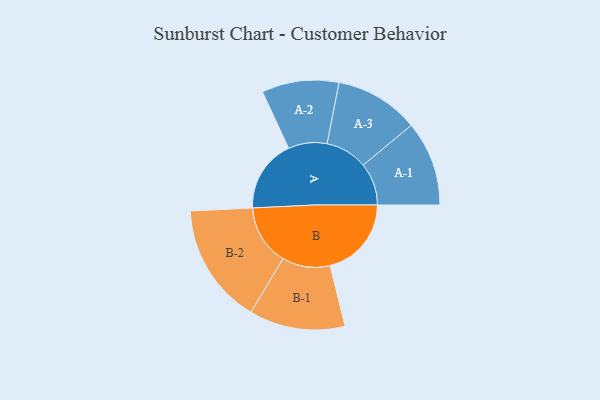
{"axis": {"x": "Segment", "y": "Value"}, "legend": ["", "A", "B"], "data": [{"x": "A", "y": 356, "type": ""}, {"x": "B", "y": 399, "type": ""}, {"x": "A-1", "y": 208, "type": "A"}, {"x": "A-2", "y": 189, "type": "A"}, {"x": "A-3", "y": 206, "type": "A"}, {"x": "B-1", "y": 235, "type": "B"}, {"x": "B-2", "y": 296, "type": "B"}]}